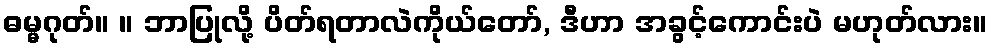
ဓမ္မဂုတ်။ ။ ဘာပြုလို့ ပိတ်ရတာလဲကိုယ်တော်, ဒီဟာ အခွင့်ကောင်းပဲ မဟုတ်လား။